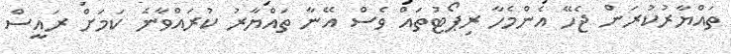
ތައްޔާރުކުރަން ޖެހޭ އެންމެހާ ރިޕޯޓުތައް ވެސް އޭނާ ތައްޔާރު ކުރައްވާނެ ކަމަށް ރައީސް